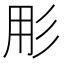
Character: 𭛓